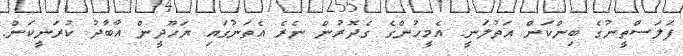
ފަލަސްތީނުގެ ބިންކަން އަތުލަނީ. އެމީހުންގެ ގެދޮރުން ނެރެ އެތަނުގައި ޔަހޫދީން އާބާދު ކުރަނީކަން.